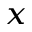
_ x